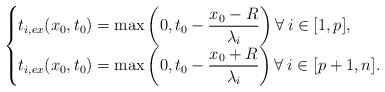
\begin{align*}\begin{cases}t_{i,ex}(x_0,t_0)=\max\left(0,t_0-\dfrac{x_0-R}{\lambda_i}\right) \forall\: i\in [1,p],\\t_{i,ex}(x_0,t_0)=\max\left(0,t_0-\dfrac{x_0+R}{\lambda_i}\right) \forall\: i\in [p+1,n].\end{cases}\end{align*}